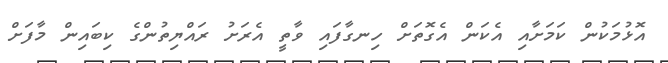
އޮޅުމަކުން ކަމަށާއި އެކަން އެގޮތަށް ހިނގާފައި ވާތީ އެރަށު ރައްޔިތުންގެ ކިބައިން މާފަށް